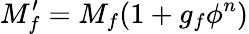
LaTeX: M_{f}^{\prime}=M_{f}(1+g_{f}\phi^{n})